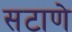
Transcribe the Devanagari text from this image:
सटाणे